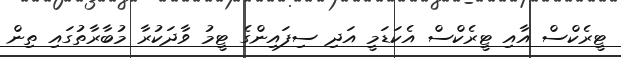
ޓީރެކްސް އާއި ޓީރެކްސް އެކަޑަމީ އަދި ސިފައިންގެ ޓީމު ވާދަކުރާ މުބާރާތުގައި ތިން